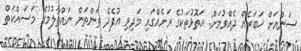
ސަންއަށް ޚަބަރެއް ދެއްވުމަށް: އަތޮޅުތަކުގެ ރަށެއްގައި މަދިރި އުފެދޭ ތަންތަން ނައްތާލުމުގެ މަސައްކަތް